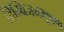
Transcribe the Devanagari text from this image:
दिग्विजयभूषण